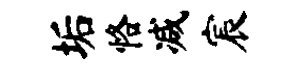
垢恪减宸